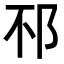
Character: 𨚀